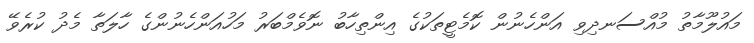
މައުލޫމާތު މުއްސަނދިވި އަންހެނުން ކޮމެޓީތަކުގެ އިންތިހާބު ނޮވެމްބަރު މަހުއަންހެނުންގެ ހާލަތާ މެދު ކުރެވޭ